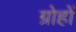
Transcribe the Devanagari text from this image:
ग्रोहों